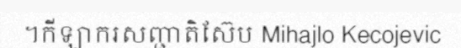
។កីឡាករសញ្ជាតិស៊ែប Mihajlo Kecojevic